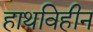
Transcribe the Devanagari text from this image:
हाथविहीन